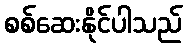
စစ်ဆေးနိုင်ပါသည်